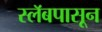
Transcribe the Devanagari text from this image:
स्लॅबपासून